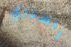
السحري